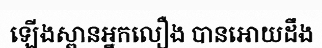
ឡើងស្ពានអ្នកលឿង បានអោយដឹង